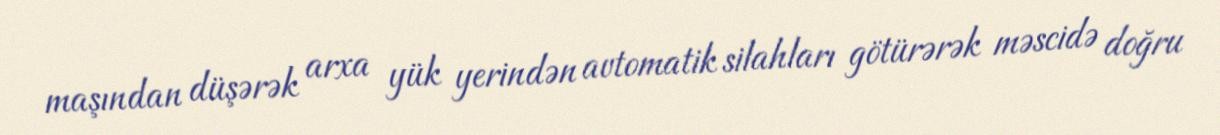
maşından düşərək arxa yük yerindən avtomatik silahları götürərək məscidə doğru